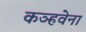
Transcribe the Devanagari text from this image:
कञ्हवेना